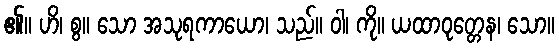
၏။ ဟိ၊ စွ။ သော အသုရကာယော၊ သည်။ ဝါ၊ ကို။ ယထာဝုတ္တေန၊ သော။